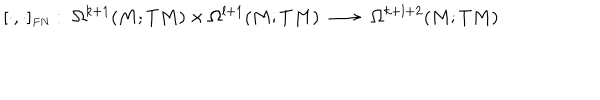
[ \cdot , \cdot ] _ { \scriptscriptstyle F N } : \; \Omega ^ { k + 1 } ( M ; T M ) \times \Omega ^ { l + 1 } ( M ; T M ) \; \longrightarrow \; \Omega ^ { k + l + 2 } ( M ; T M )